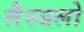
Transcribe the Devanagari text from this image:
लैस्जलो